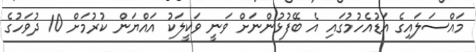
މައްސަލައިގެ އަޑުއެހުމުގައި އެ ބޭފުޅުންނަށް ވަނީ ވަކީލަކު އައްޔަން ކުރުމަށް 10 ދުވަހުގެ